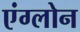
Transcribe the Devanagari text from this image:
एंग्लोन